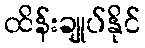
ထိန်းချုပ်နိုင်